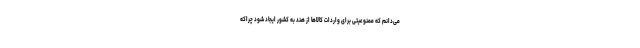
می‌دانم که ممنوعیتی برای واردات کالاها از هند به کشور ایجاد شود چراکه